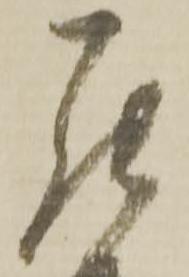
罷